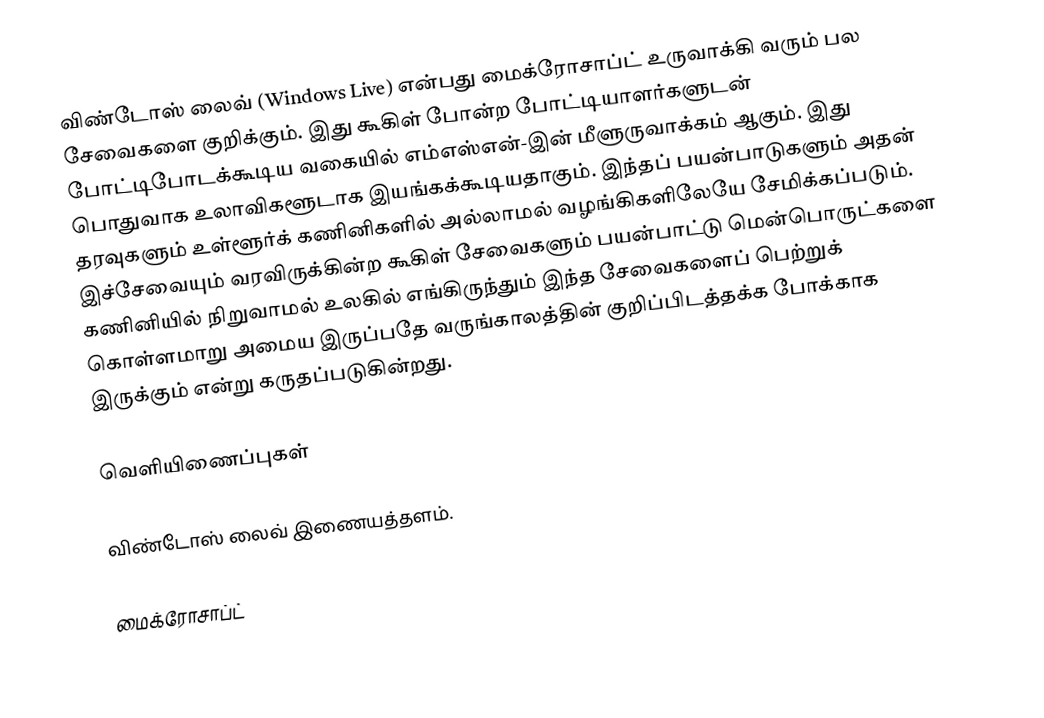
விண்டோஸ் லைவ் (Windows Live) என்பது மைக்ரோசாப்ட் உருவாக்கி வரும் பல சேவைகளை குறிக்கும். இது கூகிள் போன்ற போட்டியாளர்களுடன் போட்டிபோடக்கூடிய வகையில் எம்எஸ்என்-இன் மீளுருவாக்கம் ஆகும். இது பொதுவாக உலாவிகளூடாக இயங்கக்கூடியதாகும். இந்தப் பயன்பாடுகளும் அதன் தரவுகளும் உள்ளூர்க் கணினிகளில் அல்லாமல் வழங்கிகளிலேயே சேமிக்கப்படும். இச்சேவையும் வரவிருக்கின்ற கூகிள் சேவைகளும் பயன்பாட்டு மென்பொருட்களை கணினியில் நிறுவாமல் உலகில் எங்கிருந்தும் இந்த சேவைகளைப் பெற்றுக் கொள்ளமாறு அமைய இருப்பதே வருங்காலத்தின் குறிப்பிடத்தக்க போக்காக இருக்கும் என்று கருதப்படுகின்றது.

வெளியிணைப்புகள்

 விண்டோஸ் லைவ் இணையத்தளம்.

மைக்ரோசாப்ட்